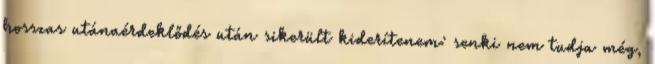
hosszas utánaérdeklődés után sikerült kiderítenem: senki nem tudja még,